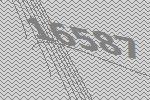
16587